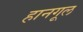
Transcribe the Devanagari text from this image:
हानगूल